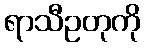
ရာသီဥတုကို